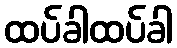
ထပ်ခါထပ်ခါ